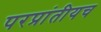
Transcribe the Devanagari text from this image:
परप्रांतीयच